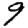
Digit: 9